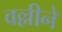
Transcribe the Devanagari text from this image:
वल्लीने